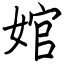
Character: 婠